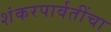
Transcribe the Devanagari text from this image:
शंकरपार्वतींचा